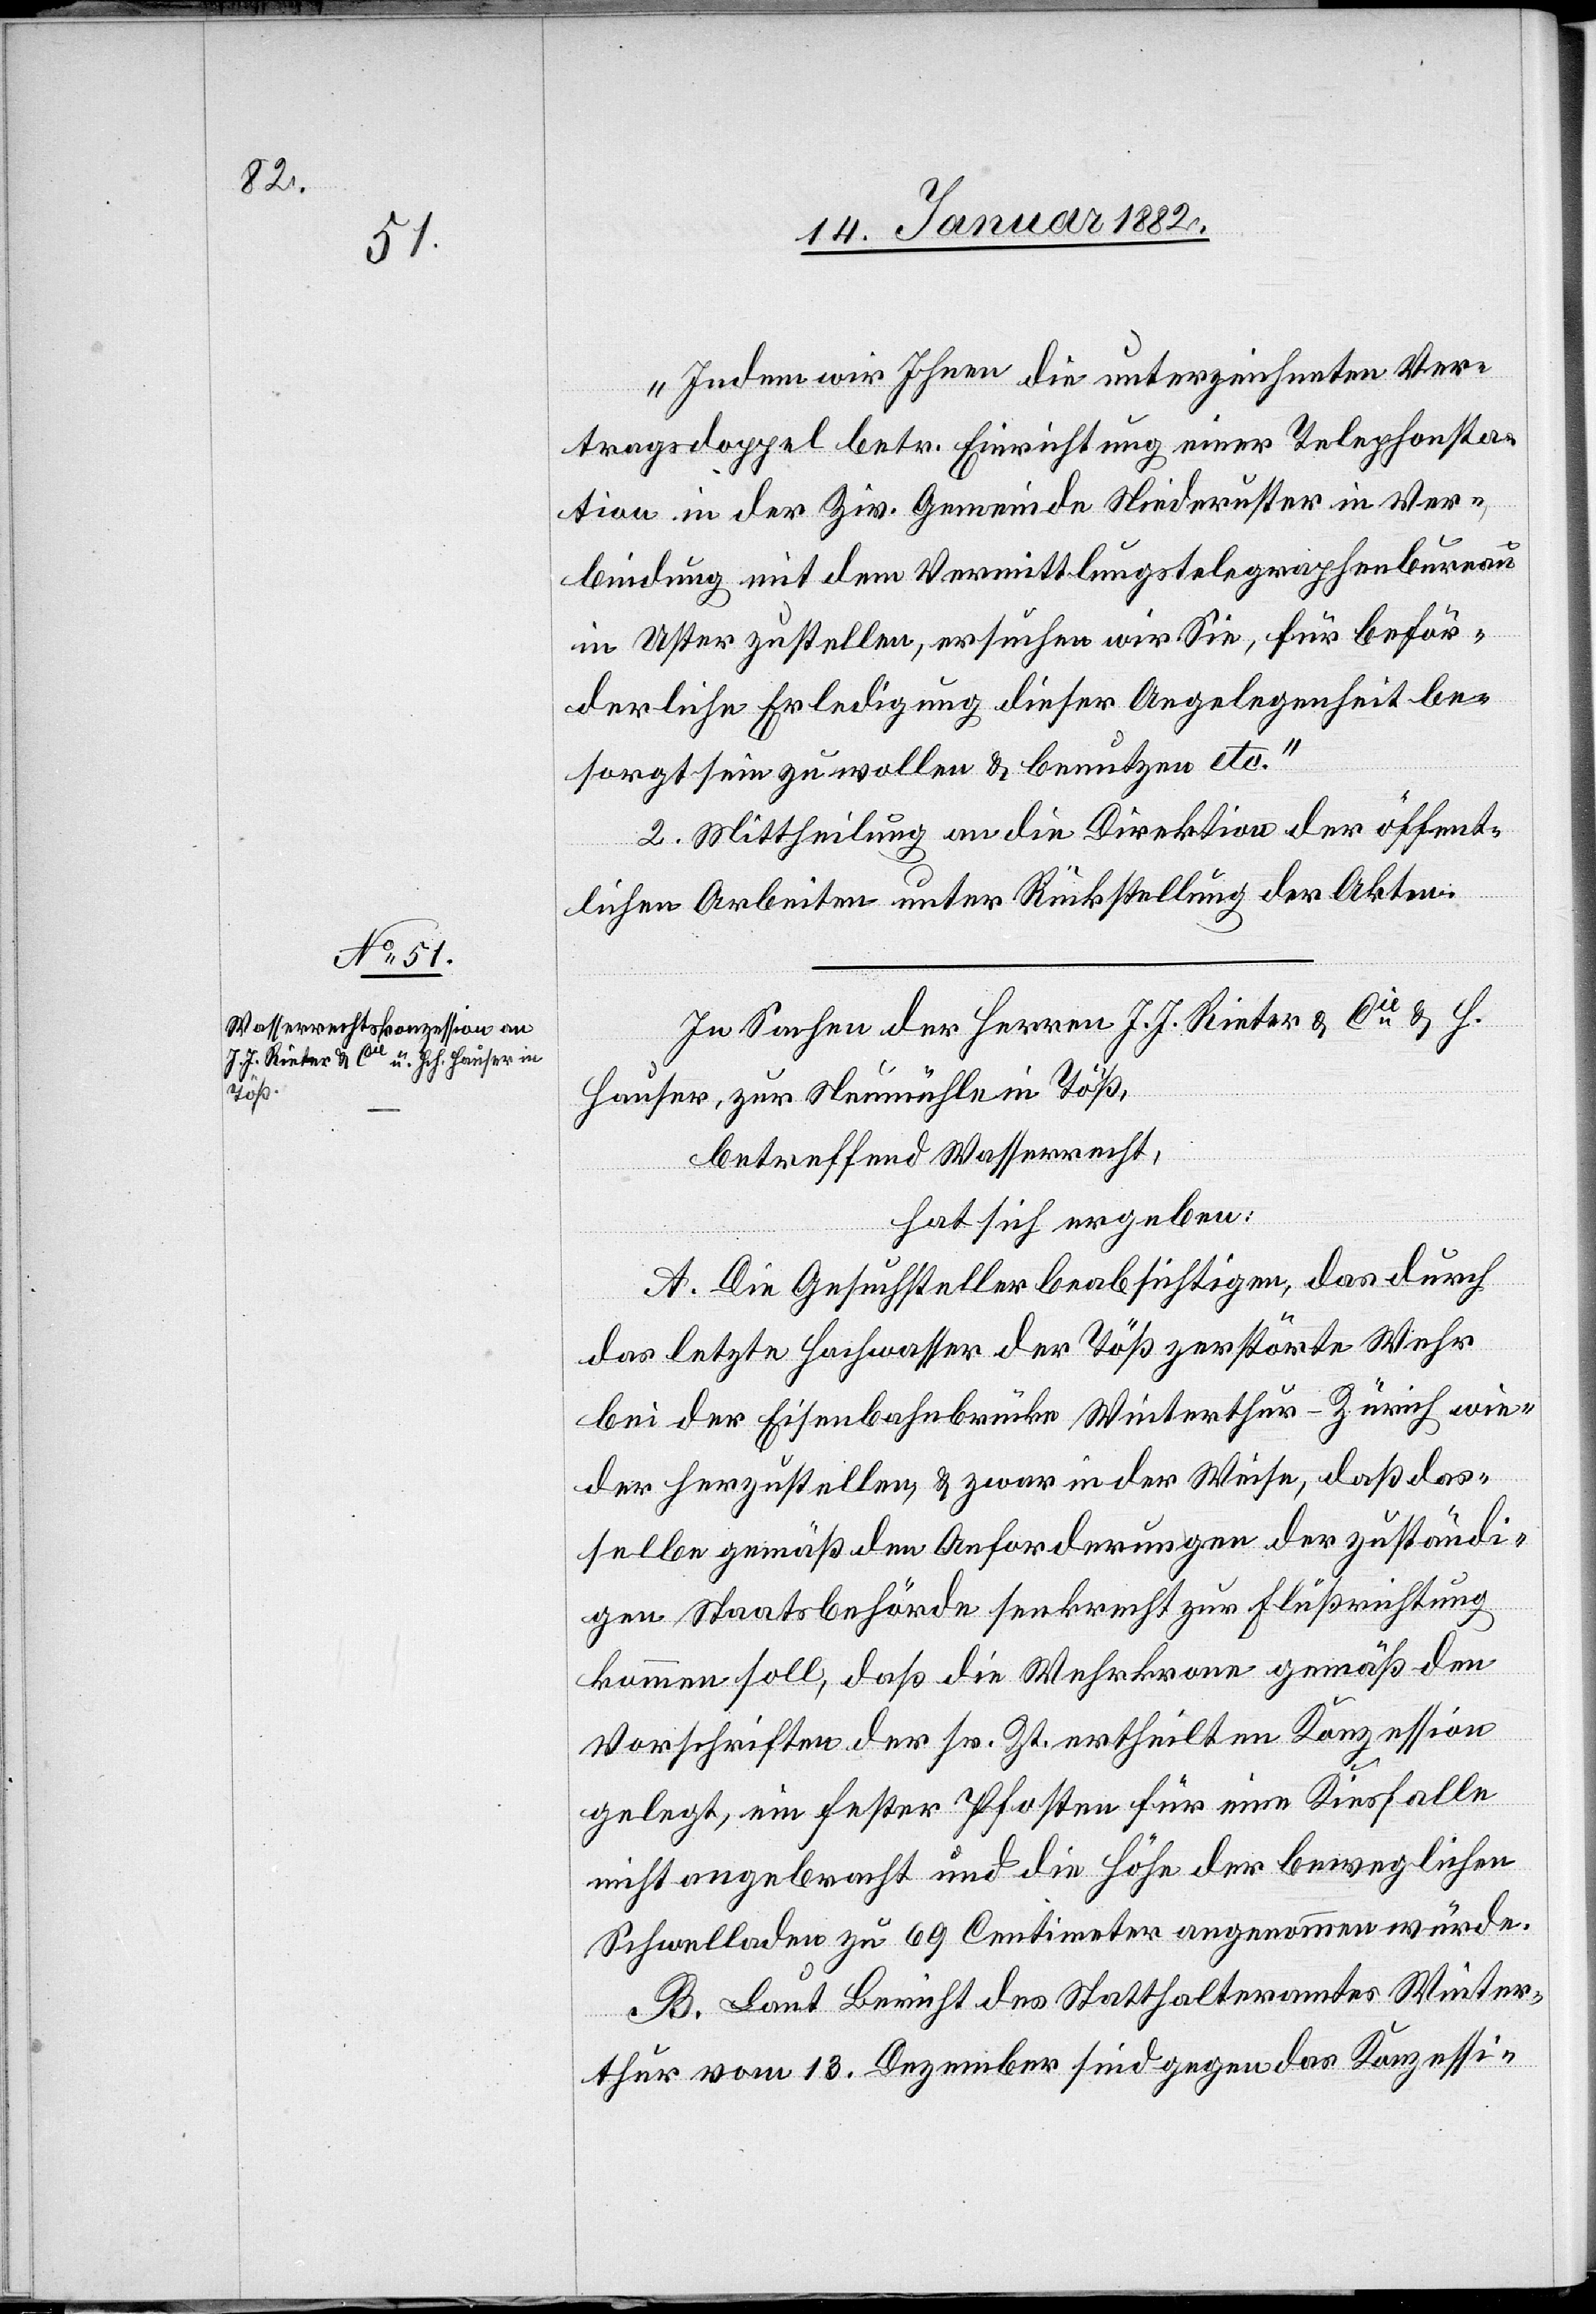
„Indem wir Ihnen die unterzeichneten Ver¬
tragsdoppel betr. Einrichtung einer Telephonsta¬
tion in der Ziv. Gemeinde Niederuster in Ver¬
bindung mit dem Vermittlungstelegraphenbureau
in Uster zustellen, ersuchen wir Sie, für beför¬
derliche Erledigung dieser Angelegenheit be¬
sorgt sein zu wollen & benutzen etc.“
2. Mittheilung an die Direktion der öffent¬
lichen Arbeiten unter Rückstellung der Akten.
In Sachen der Herren J. J. Rieter & Cie & H.
Hauser, zur Neumühle in Töß,
betreffend Wasserrecht,
hat sich ergeben:
A. Die Gesuchsteller beabsichtigen, das durch
das letzte Hochwasser der Töß zerstörte Wuhr
bei der Eisenbahnbrücke Winterthur–Zürich wie¬
der herzustellen, & zwar in der Weise, daß das¬
selbe gemäß den Anforderungen der zuständi¬
gen Staatsbehörde senkrecht zur Flußrichtung
kommen soll, daß die Wuhrkrone gemäß den
Vorschriften der sr. Zt. ertheilten Konzession
gelegt, ein fester Pfosten für eine Kiesfalle
nicht angebracht und die Höhe der beweglichen
Schwelladen zu 69 Centimeter angenommen würde.
B. Laut Bericht des Statthalteramtes Winter¬
thur vom 13. Dezember sind gegen das Konzessi-